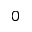
0